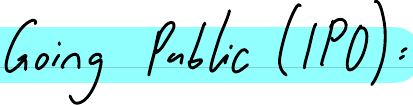
Going Public (IPO):